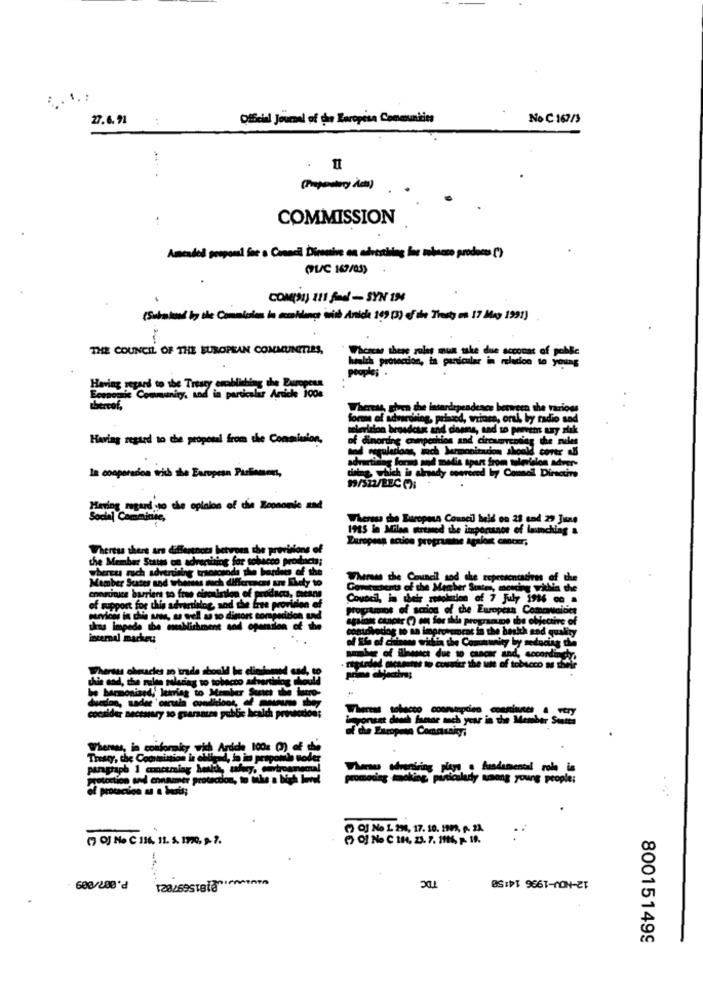
27.6. 91
:
Official Journal of de Baropisa Consuntivo
No C 167/3
.
(Papodery Ada)
COMMISSION
..
Amended proposal for a Conci Divenire on advertising for niamo prodoss (*)
(Substand by ile Commiles in cooling with Anice :09 (3) of the Testy on 17 May 1991)
THE COUNCIL OF THE EUROPEAN COMMUNITIES,
Having regard to the Tresty erblishing che Buropena
Whereas, ghen the insandependence between the various
forme of advertising, primed, wrince, oral, by radio sad
seleriston brosdeux and dasne, and to previm ury alık
Having regard to the proposal from the Commission,
the rules
--
advart
lations, nich Mrmoniaden hoek cover all
Dirsoure
In cooperation with the European Parliament,
dining, which is already overered by Coon
89/322/EEC :
Hering regardsto the oplalos of die Roonomie and
del Comminic,
Where the Europass Council held on 23 und 27 June
1915 le Milan ortmed the importance of launching &
European action programie agalost cancer,
Wheress there are differences between the provisions of
the Member States on adreniting for tobacco products;
wherey ruch advertising triond
Member Sutes and whereis much differross us Ehely to
Whereas the Council sod the representation of the
students of the Member State
certinice barriers to free circainien of product, Means
support for thia advartiene, sod che -re provision of
Council, in thei
Covocil, in their resolution of 7 July 1936 co =
PrepAmos of scriog of the European Comarcidet
against cancer () on for illa programupe the objective of
impide the ml
Michment sod openiion of the
contdvedog to sa improvement in the beskh and quality
internal market
samle of ilance due to cancer and, soconding
Wheraus ohraces in trade
be dlin
. nisurdel acannes to counter the uit of tobacco as their
prime object
this cod, the rules malariag to tobacco adverti !!
be barmoniand, lekring to Member Sene
duction, nader 'certain conditions,
consider necessary 10 grarantes public health
Whereas, in conformity wich Ardche 100% () of ch
paragraph 1 cooctming
protection, to Make a
promediag moking particulady kong young people;
Of No 1 29, 17. 10. 1973, A. 21.
(7 OJ No C 136. 11. 5. 1770, 9 7.
TDC
12-NOV-1996 14:50
P.007/009
800151499